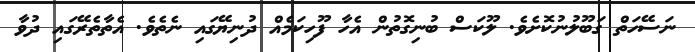
ނަސޭހަތް ގަބޫލުނުކޮށެވެ. ލޫކަސް ބުނިގޮތުން އެހާ ފޫހިކަމެއް ދުނިޔޭގައި ނެތެވެ. އެތާތެރޭގައި ދުވާ